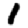
Digit: 1